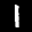
Label: 1